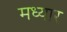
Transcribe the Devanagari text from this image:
मध्यार